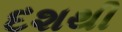
દશથી